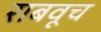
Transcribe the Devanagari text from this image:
राबवूच